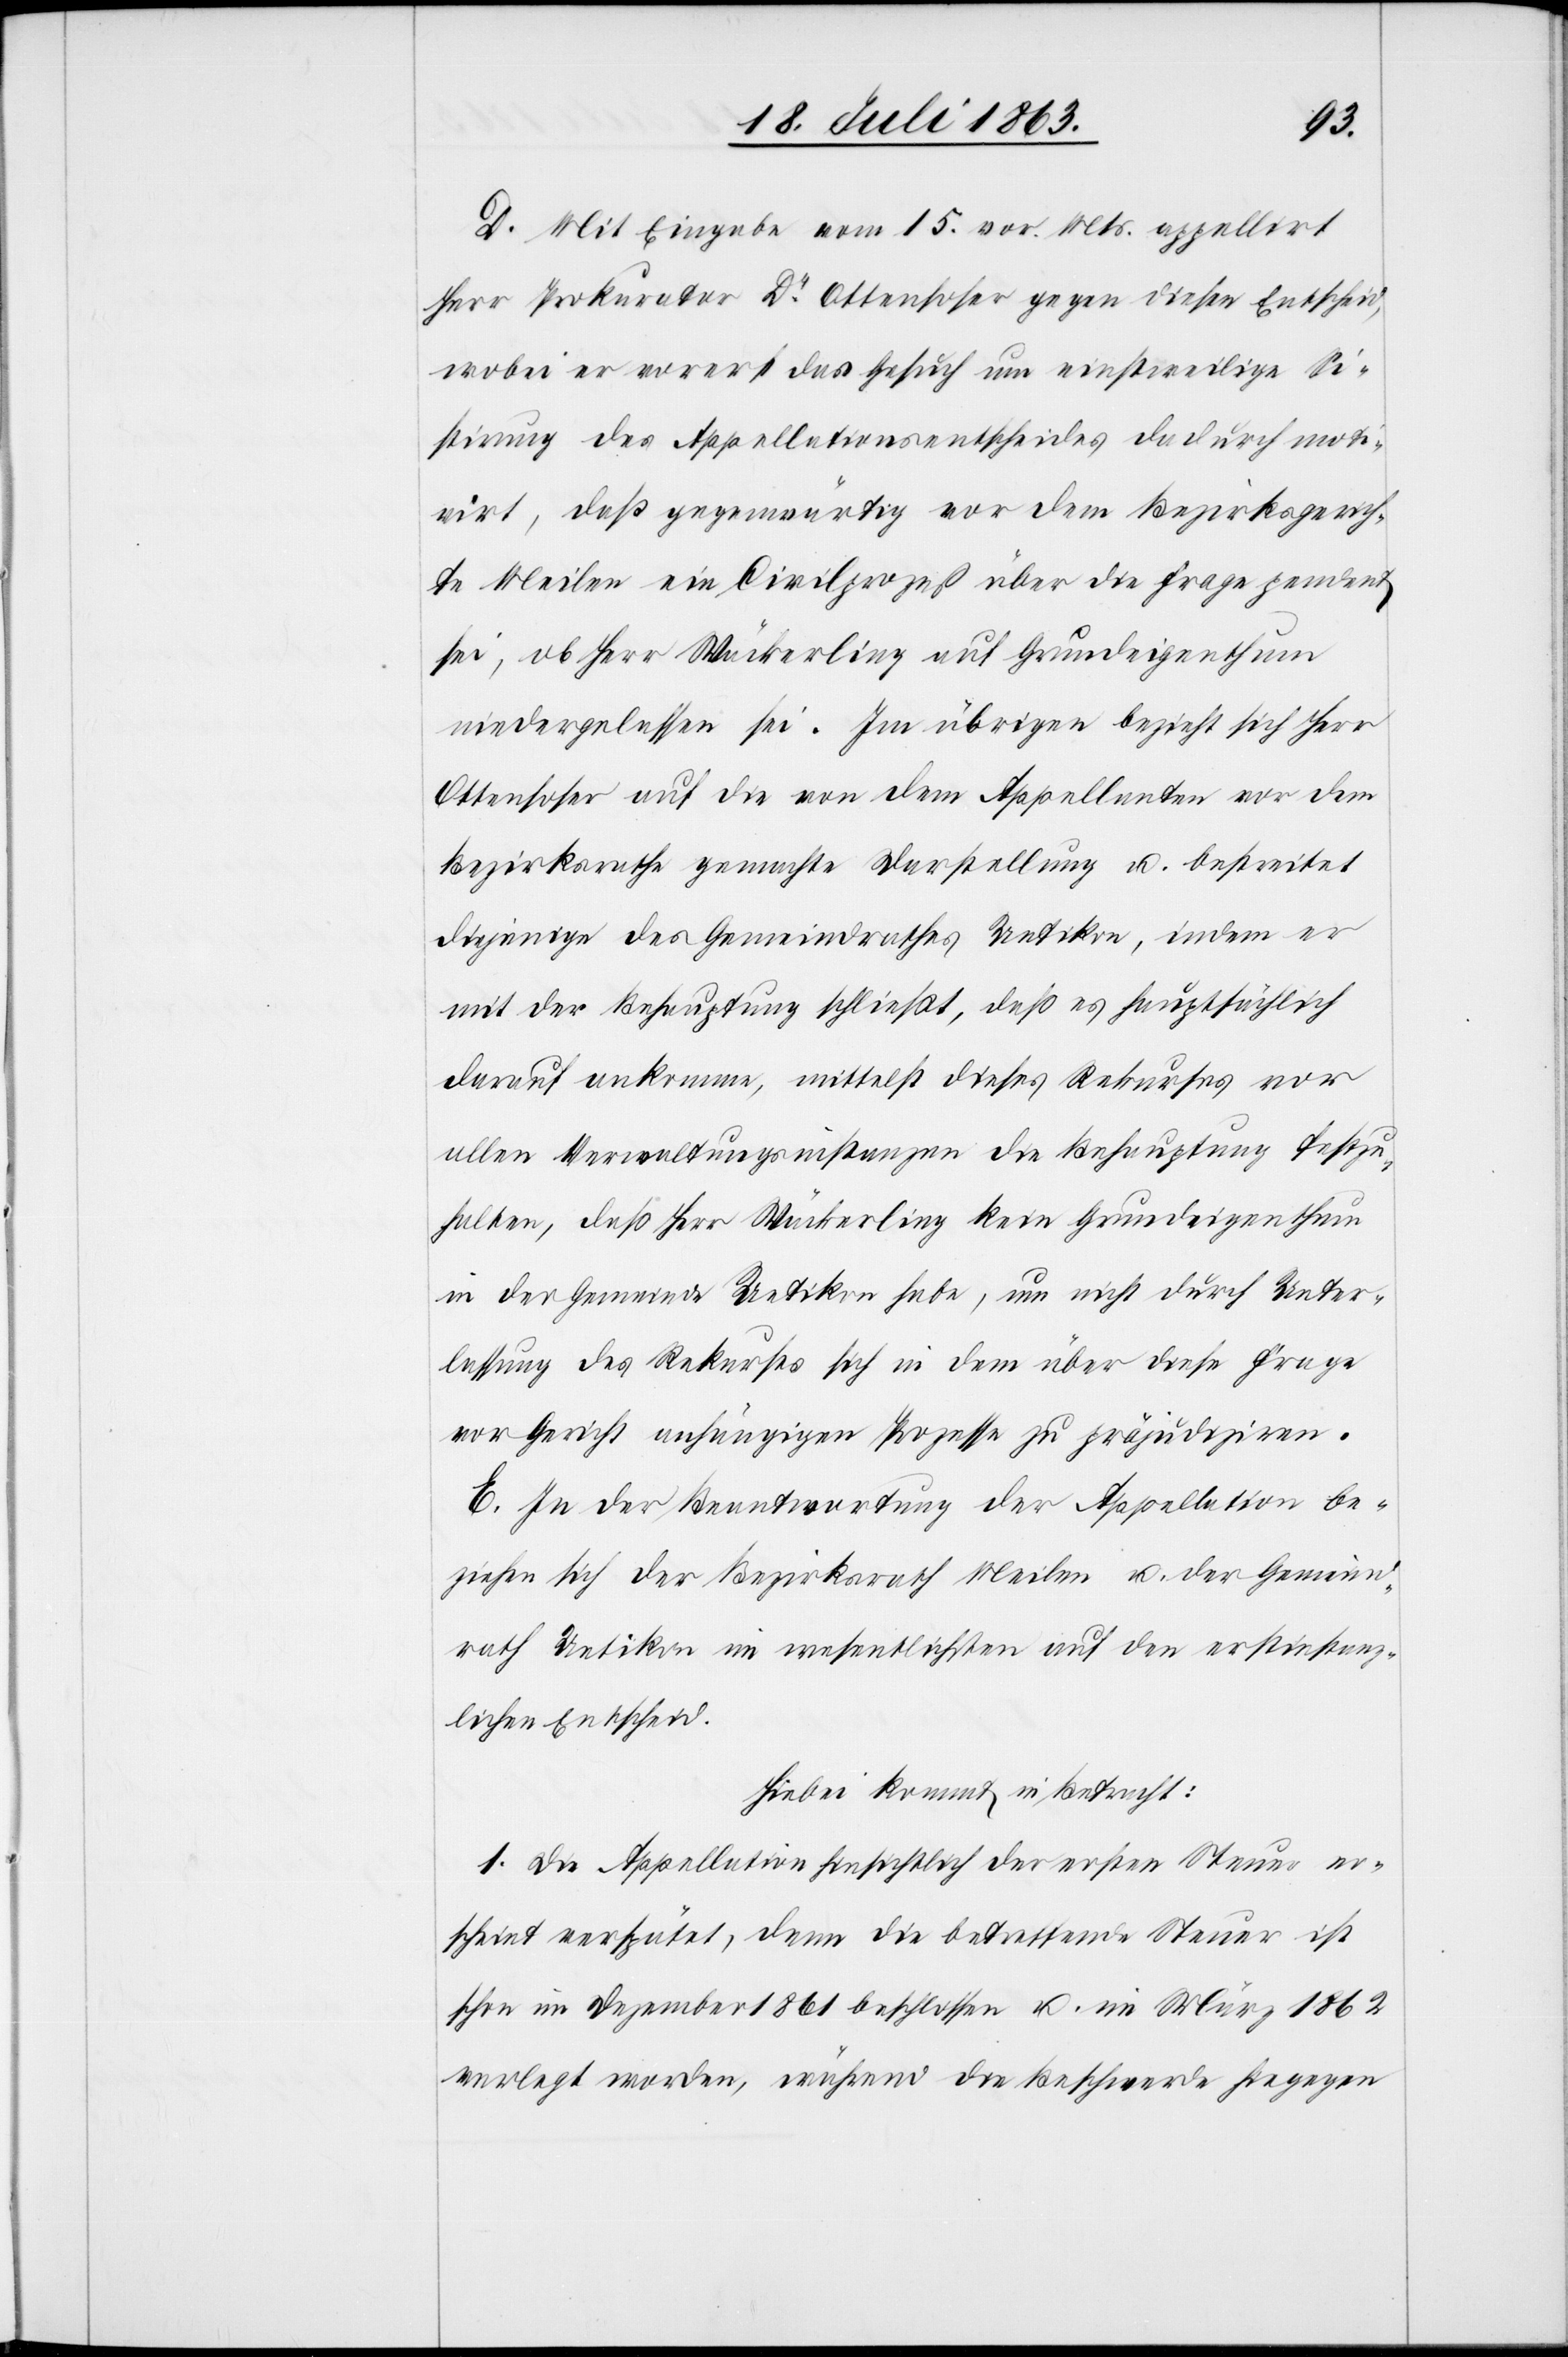
D. Mit Eingabe vom 15. vor. Mts. appellirt
Herr Prokurator Dr Ottensoser gegen diesen Entscheid,
wobei er vorerst das Gesuch um einstweilige Si¬
stirung des Appellationsentscheides dadurch moti¬
virt, daß gegenwärtig vor dem Bezirksgerich¬
te Meilen ein Civilprozeß über die Frage pendent
sei, ob Herr Wäckerling auf Grundeigenthum
niedergelassen sei. Im übrigen bezieht sich Herr
Ottensoser auf die von dem Appellanten vor dem
Bezirksrathe gemachte Darstellung u. bestreitet
diejenige des Gemeindrathes Uetikon, indem er
mit der Behauptung schließt, daß es hauptsächlich
darauf ankomme, mittelst dieses Rekurses vor
allen Verwaltungsinstanzen die Behauptung festzu¬
halten, daß Herr Wäckerling kein Grundeigenthum
in der Gemeinde Uetikon habe, um nicht durch Unter¬
lassung des Rekurses sich in dem über diese Frage
vor Gericht anhängigen Prozesse zu präjudiziren.
E. In der Beantwortung der Appellation be¬
ziehen sich der Bezirksrath Meilen u. der Gemeind¬
rath Uetikon im wesentlichsten auf den erstinstanz¬
lichen Entscheid.
Hiebei kommt in Betracht:
1. Die Appellation hinsichtlich der ersten Steuer er¬
scheint verspätet, denn die betreffende Steuer ist
schon im Dezember 1861 beschlossen u. im März 1862
verlegt worden, während die Beschwerde hingegen